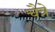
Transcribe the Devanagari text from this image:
चैत्रे